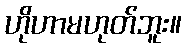
ဟိုဟာမဟုတ်ဘူး။